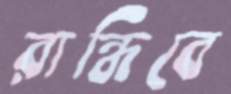
রান্ধিবে